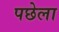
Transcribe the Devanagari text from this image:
पछेला